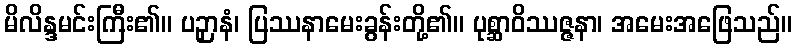
မိလိန္ဒမင်းကြီး၏။ ပဉှာနံ၊ ပြဿနာမေးခွန်းတို့၏။ ပုစ္ဆာဝိဿဇ္ဇနာ၊ အမေးအဖြေသည်။